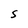
Character: 5